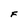
Character: F